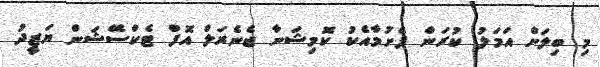
މި ބިލަށް އަމަލު ކުރަން ފެށުމާއެކު ކޮމިޝަނާ ޖެނެރަލް އޮފް ޓެކްސޭޝަން ޔަޒީދު